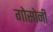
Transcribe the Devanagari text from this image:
गोसोनी